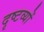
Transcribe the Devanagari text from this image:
दृष्टव्यों